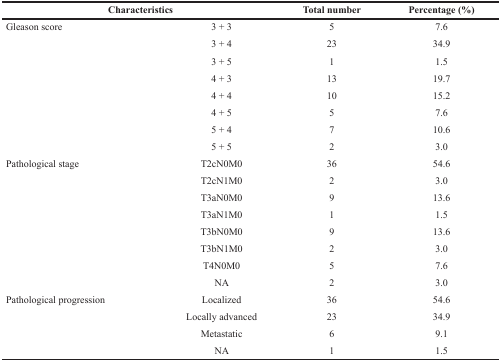
<table><thead><tr><td colspan="2"><b>Characteristics</b></td><td><b>Total number</b></td><td><b>Percentage (%)</b></td></tr></thead><tbody><tr><td>Gleason score</td><td>3 + 3</td><td>5</td><td>7.6</td></tr><tr><td></td><td>3 + 4</td><td>23</td><td>34.9</td></tr><tr><td></td><td>3 + 5</td><td>1</td><td>1.5</td></tr><tr><td></td><td>4 + 3</td><td>13</td><td>19.7</td></tr><tr><td></td><td>4 + 4</td><td>10</td><td>15.2</td></tr><tr><td></td><td>4 + 5</td><td>5</td><td>7.6</td></tr><tr><td></td><td>5 + 4</td><td>7</td><td>10.6</td></tr><tr><td></td><td>5 + 5</td><td>2</td><td>3.0</td></tr><tr><td>Pathological stage</td><td>T2cN0M0</td><td>36</td><td>54.6</td></tr><tr><td></td><td>T2cN1M0</td><td>2</td><td>3.0</td></tr><tr><td></td><td>T3aN0M0</td><td>9</td><td>13.6</td></tr><tr><td></td><td>T3aN1M0</td><td>1</td><td>1.5</td></tr><tr><td></td><td>T3bN0M0</td><td>9</td><td>13.6</td></tr><tr><td></td><td>T3bN1M0</td><td>2</td><td>3.0</td></tr><tr><td></td><td>T4N0M0</td><td>5</td><td>7.6</td></tr><tr><td></td><td>NA</td><td>2</td><td>3.0</td></tr><tr><td>Pathological progression</td><td>Localized</td><td>36</td><td>54.6</td></tr><tr><td></td><td>Locally advanced</td><td>23</td><td>34.9</td></tr><tr><td></td><td>Metastatic</td><td>6</td><td>9.1</td></tr><tr><td></td><td>NA</td><td>1</td><td>1.5</td></tr></tbody></table>